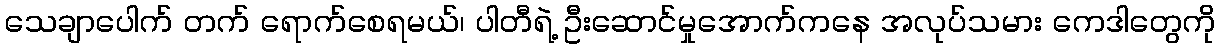
သေချာပေါက် တက် ရောက်စေရမယ်၊ ပါတီရဲ့ ဦးဆောင်မှုအောက်ကနေ အလုပ်သမား ကေဒါတွေကို